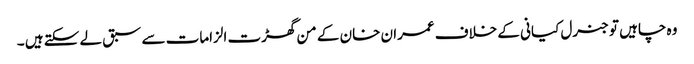
وہ چاہیں تو جنرل کیانی کے خلاف عمران خان کے من گھڑت الزامات سے سبق لے سکتے ہیں ۔